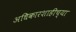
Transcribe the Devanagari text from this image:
अधिकारशाहीच्या